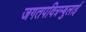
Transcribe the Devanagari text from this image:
जगतपवित्रम्बुलाई